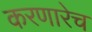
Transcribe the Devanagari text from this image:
करणारेच